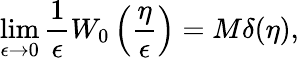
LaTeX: \operatorname*{lim}_{\epsilon\to 0}\frac{1}{\epsilon}W_{0}\left(\frac{\eta}{\epsilon}\right)=M\delta(\eta),